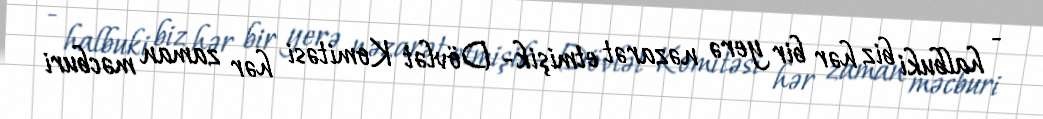
- halbuki biz hər bir yerə nəzarət etmişik- Dövlət Komitəsi hər zaman məcburi